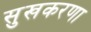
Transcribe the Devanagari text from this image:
सुखकरणा